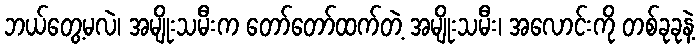
ဘယ်တွေ့မလဲ၊ အမျိုးသမီးက တော်တော်ထက်တဲ့ အမျိုးသမီး၊ အလောင်းကို တစ်ခုခုနဲ့